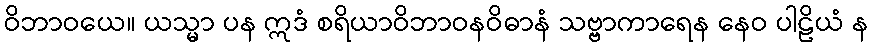
ဝိဘာဝယေ။ ယသ္မာ ပန ဣဒံ စရိယာဝိဘာဝနဝိဓာနံ သဗ္ဗာကာရေန နေဝ ပါဠိယံ န